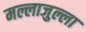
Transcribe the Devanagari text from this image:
मल्लाजुल्ला